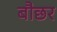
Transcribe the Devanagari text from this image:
बौछर